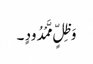
وَ ظِلٍّ مَّمْدُودٍ ۔